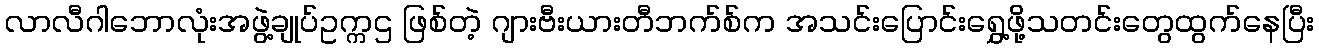
လာလီဂါဘောလုံးအဖွဲ့ချုပ်ဥက္ကဌ ဖြစ်တဲ့ ဂျားဗီးယားတီဘက်စ်က အသင်းပြောင်းရွှေ့ဖို့သတင်းတွေထွက်နေပြီး